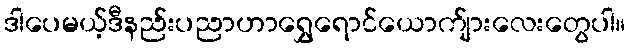
ဒါပေမယ့်ဒီနည်းပညာဟာရွှေရောင်ယောက်ျားလေးတွေပါ။